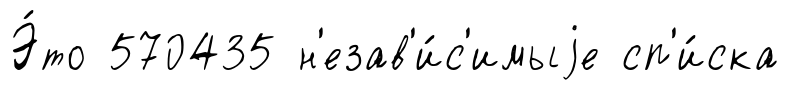
Э́то 570435 н'езав'и́с'имыjе сп'и́ска